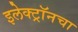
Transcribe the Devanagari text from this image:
इलेक्ट्रॉनचा